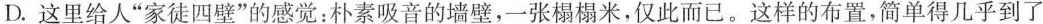
D.这里给人”家徒四壁”的感觉：朴素吸音的墙壁，一张榻榻米，仅此而已。这样的布置，简单得几乎到了